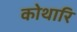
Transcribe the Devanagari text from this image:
कोथारि